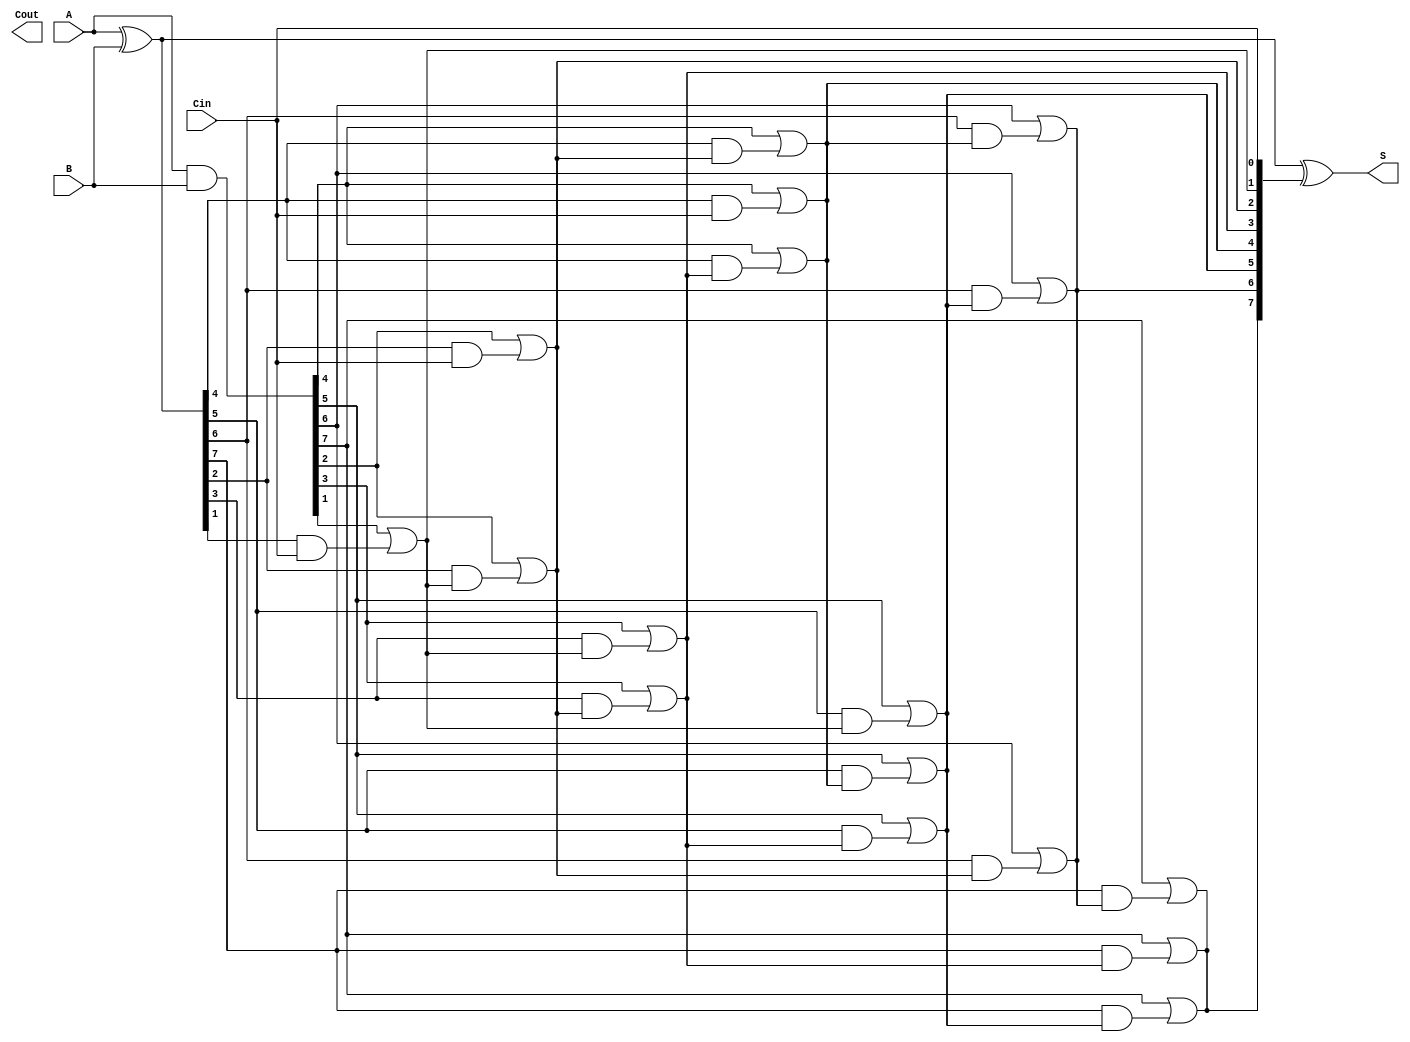
module KoggeStoneAdder #(parameter n = 8) (
    input [n-1:0] A,
    input [n-1:0] B,
    input Cin,
    output [n-1:0] S,
    output Cout
);
    wire [n-1:0] G; // Generate signals
    wire [n-1:0] P; // Propagate signals
    wire [n:0] C;   // Carry signals

    // Generate and Propagate signals
    assign G = A & B;        // Generate
    assign P = A ^ B;        // Propagate

    // Carry signals
    assign C[0] = Cin;       // Initial carry input

    genvar i, j, k;
    generate
        // Compute carry signals using Kogge-Stone logic
        for (k = 0; k < $clog2(n); k = k + 1) begin : carry_gen
            for (i = 0; i < n; i = i + 1) begin : carry_level
                if (i >= (1 << (k))) begin
                    assign C[i] = G[i] | (P[i] & C[i - (1 << k)]);
                end
            end
        end
    endgenerate

    // Sum calculation
    assign S = P ^ C[n-1:0]; // Sum bits
    assign Cout = C[n];      // Final carry out

endmodule